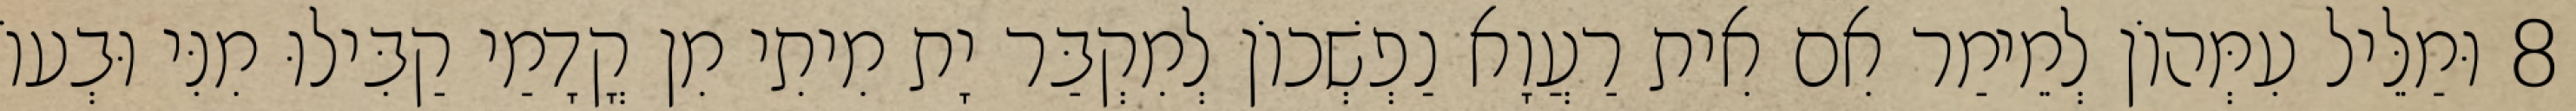
8 וּמַלֵּיל עִמְּהוֹן לְמֵימַר אִם אִית רַעֲוָא נַפְשְׁכוֹן לְמִקְבַּר יָת מִיתִי מִן קֳדָמַי קַבִּילוּ מִנִּי וּבְעוֹ